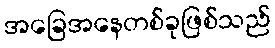
အခြေအနေတစ်ခုဖြစ်သည်